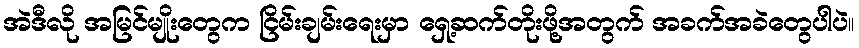
အဲဒီလို အမြင်မျိုးတွေက ငြိမ်းချမ်းရေးမှာ ရှေ့ဆက်တိုးဖို့အတွက် အခက်အခဲတွေပါပဲ။